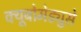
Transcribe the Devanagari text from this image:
क्यूबोमेड्युसे